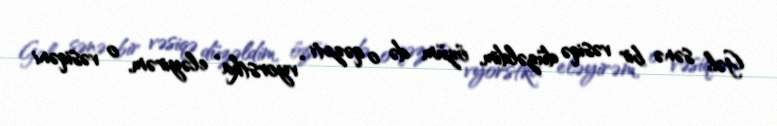
Gəl sənə bir vəsiqə düzəldim, özüm də o qəzeti “vyorstka” eləyirəm, o vəsiqəni